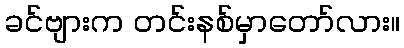
ခင်ဗျားက တင်းနစ်မှာတော်လား။